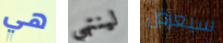
هي لينتهي سيعرض